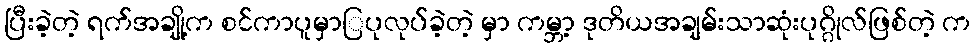
ပြီးခဲ့တဲ့ ရက်အချို့က စင်ကာပူမှာြပုလုပ်ခဲ့တဲ့ မှာ ကမ္ဘာ့ ဒုတိယအချမ်းသာဆုံးပုဂ္ဂိုလ်ဖြစ်တဲ့ က